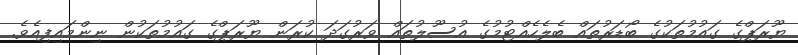
ޔޫރަޕްގެ ގައުމުތަކުގެ ބޯޑަރުތައް ބެލެހެއްޓުމުގެ އުސޫލުތައް ވަރުގަދަ ކުރަން ޔޫރަޕްގެ ގައުމުތަކުން ނިންމައިފިއެވެ.